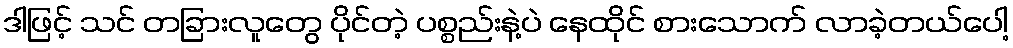
ဒါဖြင့် သင် တခြားလူတွေ ပိုင်တဲ့ ပစ္စည်းနဲ့ပဲ နေထိုင် စားသောက် လာခဲ့တယ်ပေါ့